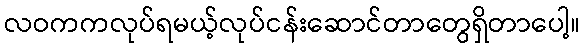
လဝကကလုပ်ရမယ့်လုပ်ငန်းဆောင်တာတွေရှိတာပေါ့။